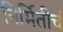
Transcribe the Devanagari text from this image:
निर्मितीचं